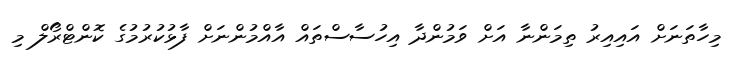
މިހާތަނަށް އައިއިރު ތިމަންނާ އަށް ވަމުންދާ އިހުސާސްތައް އާއްމުންނަށް ފާޅުކުރުމުގެ ކޮންޓްރޯލް މި